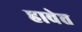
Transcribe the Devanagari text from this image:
हावेत्त